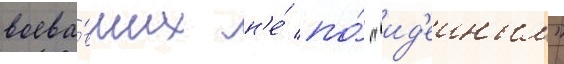
воева́вших н'е́ по́ "ид'еиным"